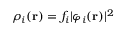
\rho _ { i } ( \mathbf { r } ) = f _ { i } \vert \varphi _ { i } ( \mathbf { r } ) \vert ^ { 2 }